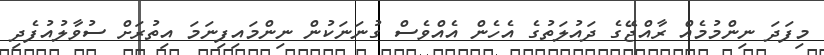
މިފަދަ ނިންމުމެއް ރާއްޖޭގެ ދައުލަތުގެ އެހެން އެއްވެސް ގުނަނަކުން ނިންމައިފިނަމަ އިތުރަށް ސުވާލުއުފެދި